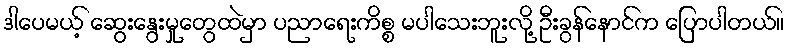
ဒါပေမယ့် ဆွေးနွေးမှုတွေထဲမှာ ပညာရေးကိစ္စ မပါသေးဘူးလို့ ဦးခွန်နောင်က ပြောပါတယ်။